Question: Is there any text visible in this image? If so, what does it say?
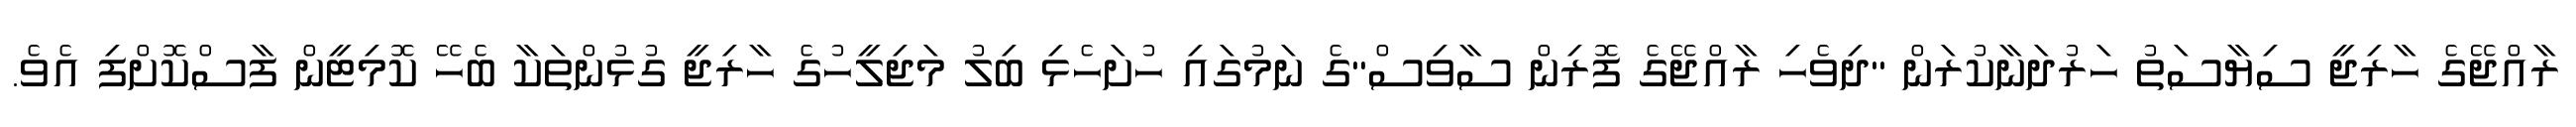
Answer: ރާއްޖޭގެ ހާރިޖީ ސިޔާސަތު ހަރުދަނާކުރަން "ދިވެހި ރާއްޖޭގެ ފޮރިން ސާވިސް"ގެ ނަމުގައި ހުށަހެޅި ބިލު މަޖިލީހުގެ ހާރިޖީ ގުޅުންތަކާ ބެހޭ ކޮމިޓީން ފާސްކޮށްފި އެވެ.